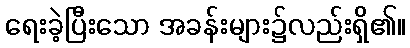
ရေးခဲ့ပြီးသော အခန်းများ၌လည်းရှိ၏။